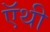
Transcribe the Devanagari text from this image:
ऍथी